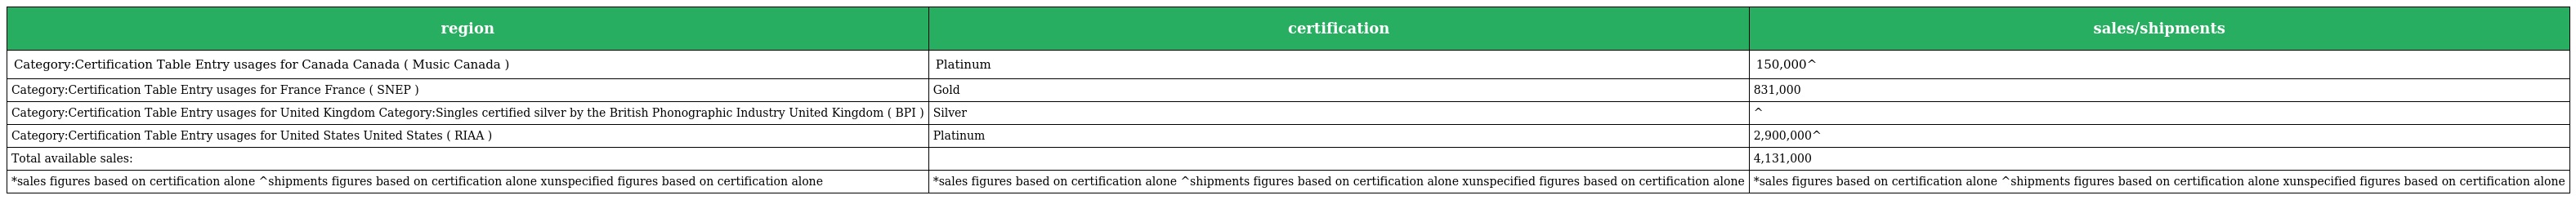
| region | certification | sales/shipments |
 | --- | --- | --- |
 | Category:Certification Table Entry usages for Canada Canada ( Music Canada ) | Platinum | 150,000^ |
 | Category:Certification Table Entry usages for France France ( SNEP ) | Gold | 831,000 |
 | Category:Certification Table Entry usages for United Kingdom Category:Singles certified silver by the British Phonographic Industry United Kingdom ( BPI ) | Silver | ^ |
 | Category:Certification Table Entry usages for United States United States ( RIAA ) | Platinum | 2,900,000^ |
 | Total available sales: |  | 4,131,000 |
 | *sales figures based on certification alone ^shipments figures based on certification alone xunspecified figures based on certification alone | *sales figures based on certification alone ^shipments figures based on certification alone xunspecified figures based on certification alone | *sales figures based on certification alone ^shipments figures based on certification alone xunspecified figures based on certification alone |